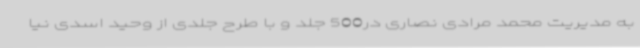
به مدیریت محمد مرادی نصاری در500 جلد و با طرح جلدی از وحید اسدی نیا